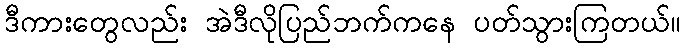
ဒီကားတွေလည်း အဲဒီလိုပြည်ဘက်ကနေ ပတ်သွားကြတယ်။